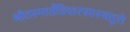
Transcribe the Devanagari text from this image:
श्रौतस्मार्तविचारसारचतुरो